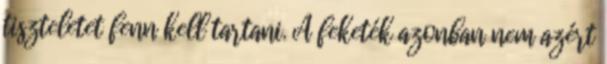
tiszteletet fenn kell tartani. A feketék azonban nem azért